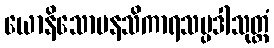
ယောနိသောမနသိကာရသမ္ပဒါသုတ္တံ